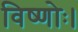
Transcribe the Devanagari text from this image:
विष्णोः।